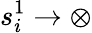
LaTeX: s_{i}^{1}\to\otimes